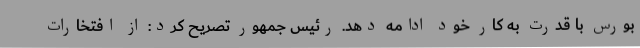
بورس با قدرت به کار خود ادامه دهد. رئیس جمهور تصریح کرد: از افتخارات